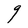
Character: g